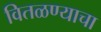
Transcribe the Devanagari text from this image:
वितळण्याचा